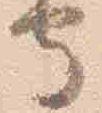
守